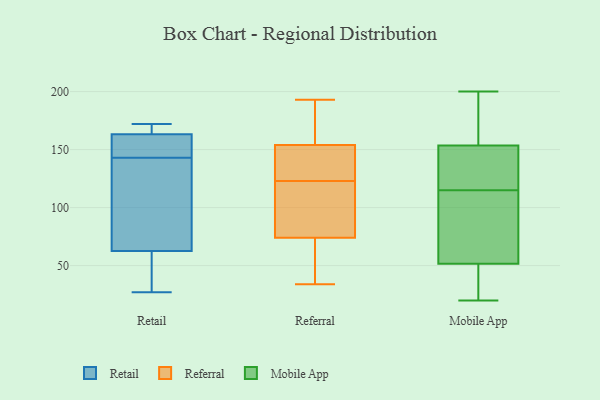
{"axis": {"x": "Inventory Turnover", "y": "Value"}, "legend": ["Mobile App", "Referral", "Retail"], "data": [{"x": "", "y": 172, "type": "Retail"}, {"x": "", "y": 27, "type": "Retail"}, {"x": "", "y": 140, "type": "Retail"}, {"x": "", "y": 47, "type": "Retail"}, {"x": "", "y": 70, "type": "Retail"}, {"x": "", "y": 161, "type": "Retail"}, {"x": "", "y": 60, "type": "Retail"}, {"x": "", "y": 166, "type": "Retail"}, {"x": "", "y": 143, "type": "Retail"}, {"x": "", "y": 155, "type": "Retail"}, {"x": "", "y": 164, "type": "Retail"}, {"x": "", "y": 67, "type": "Referral"}, {"x": "", "y": 96, "type": "Referral"}, {"x": "", "y": 59, "type": "Referral"}, {"x": "", "y": 129, "type": "Referral"}, {"x": "", "y": 100, "type": "Referral"}, {"x": "", "y": 121, "type": "Referral"}, {"x": "", "y": 176, "type": "Referral"}, {"x": "", "y": 127, "type": "Referral"}, {"x": "", "y": 81, "type": "Referral"}, {"x": "", "y": 161, "type": "Referral"}, {"x": "", "y": 47, "type": "Referral"}, {"x": "", "y": 125, "type": "Referral"}, {"x": "", "y": 130, "type": "Referral"}, {"x": "", "y": 193, "type": "Referral"}, {"x": "", "y": 39, "type": "Referral"}, {"x": "", "y": 154, "type": "Referral"}, {"x": "", "y": 154, "type": "Referral"}, {"x": "", "y": 115, "type": "Referral"}, {"x": "", "y": 34, "type": "Referral"}, {"x": "", "y": 155, "type": "Referral"}, {"x": "", "y": 125, "type": "Mobile App"}, {"x": "", "y": 150, "type": "Mobile App"}, {"x": "", "y": 200, "type": "Mobile App"}, {"x": "", "y": 64, "type": "Mobile App"}, {"x": "", "y": 39, "type": "Mobile App"}, {"x": "", "y": 20, "type": "Mobile App"}, {"x": "", "y": 24, "type": "Mobile App"}, {"x": "", "y": 195, "type": "Mobile App"}, {"x": "", "y": 117, "type": "Mobile App"}, {"x": "", "y": 74, "type": "Mobile App"}, {"x": "", "y": 113, "type": "Mobile App"}, {"x": "", "y": 157, "type": "Mobile App"}]}